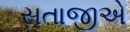
સતાજીએ